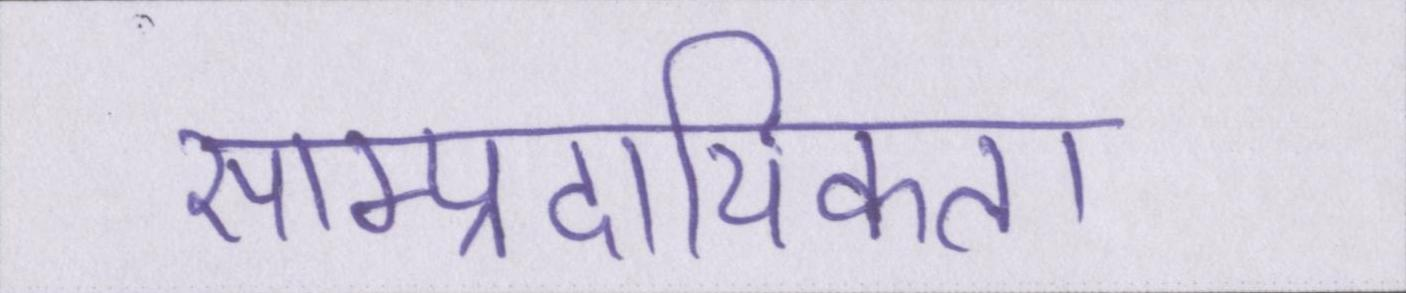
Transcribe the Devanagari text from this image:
साम्प्रदायिकता